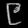
Digit: ၉